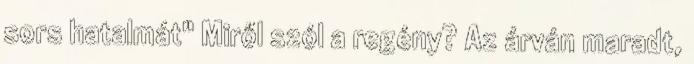
sors hatalmát" Miről szól a regény? Az árván maradt,